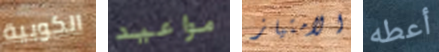
الكوبية مواعيد الامتياز أعطه